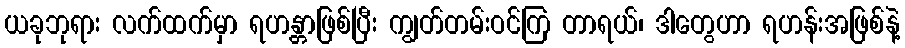
ယခုဘုရား လက်ထက်မှာ ရဟန္တာဖြစ်ပြီး ကျွတ်တမ်းဝင်ကြ တာရယ်၊ ဒါတွေဟာ ရဟန်းအဖြစ်နဲ့